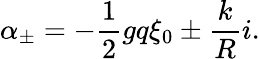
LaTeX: \alpha_{\pm}=-{\frac{1}{2}}gq\xi_{0}\pm{\frac{k}{R}}i.